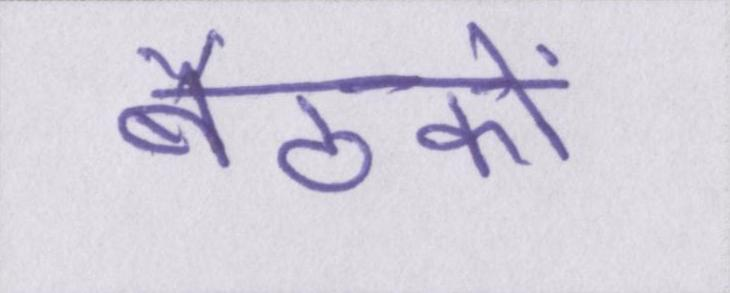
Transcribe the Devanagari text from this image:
बैठकों